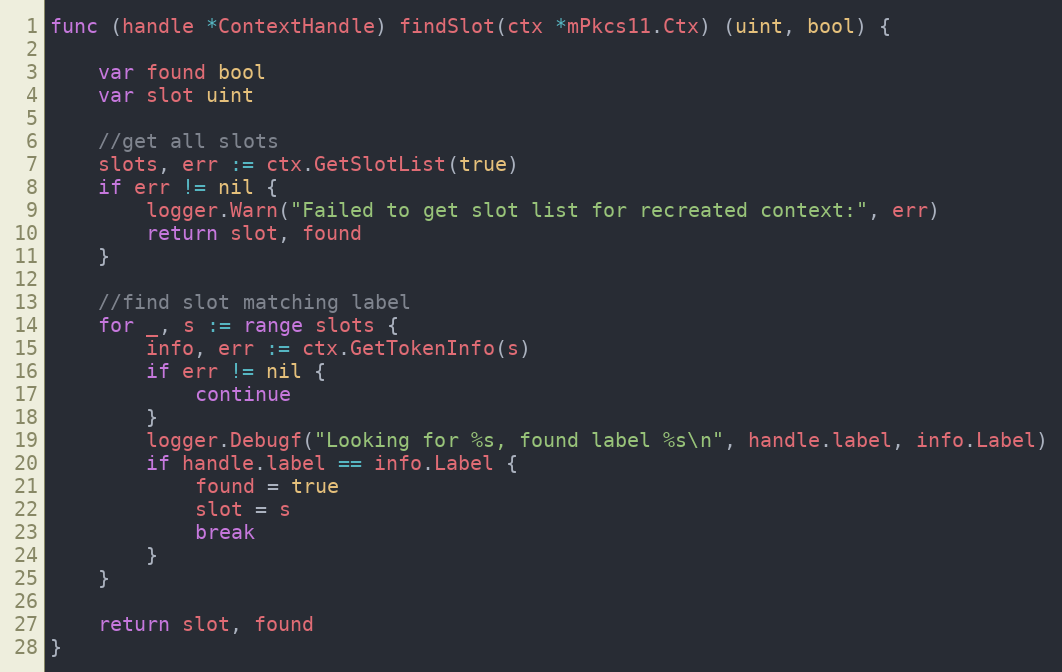
Language: Go
func (handle *ContextHandle) findSlot(ctx *mPkcs11.Ctx) (uint, bool) {

	var found bool
	var slot uint

	//get all slots
	slots, err := ctx.GetSlotList(true)
	if err != nil {
		logger.Warn("Failed to get slot list for recreated context:", err)
		return slot, found
	}

	//find slot matching label
	for _, s := range slots {
		info, err := ctx.GetTokenInfo(s)
		if err != nil {
			continue
		}
		logger.Debugf("Looking for %s, found label %s\n", handle.label, info.Label)
		if handle.label == info.Label {
			found = true
			slot = s
			break
		}
	}

	return slot, found
}